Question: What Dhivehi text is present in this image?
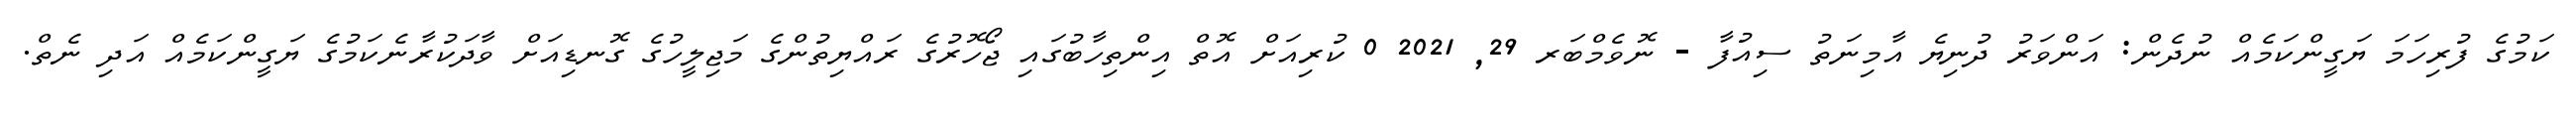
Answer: ކަމުގެ ފުރިހަމަ ޔަގީންކަމެއް ނުދެން: އަންވަރު ދުނިޔެ އާމިނަތު ސިއުފާ - ނޮވެމްބަރ 29, 2021 0 ކުރިއަށް އޮތް އިންތިހާބުގައި ޖޯހޮރުގެ ރައްޔިތުންގެ މަޖިލީހުގެ ގޮނޑިއަށް ވާދަކުރާނެކަމުގެ ޔަގީންކަމެއް އަދި ނެތް.